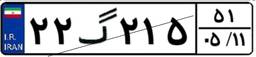
۰۱گ۹۸۳۳۷